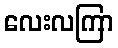
လေးလကြာ